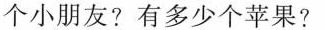
个小朋友?有多少个苹果?